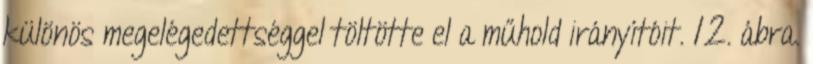
különös megelégedettséggel töltötte el a műhold irányítóit. 12. ábra.